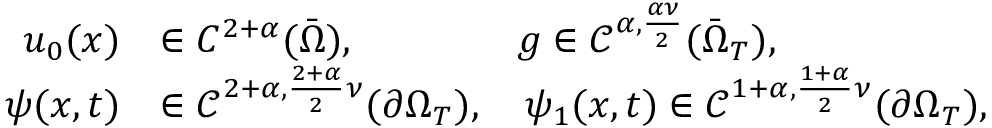
\begin{array} { r l } { u _ { 0 } ( x ) } & { \in C ^ { 2 + \alpha } ( \bar { \Omega } ) , \qquad \qquad g \in \mathcal { C } ^ { \alpha , \frac { \alpha \nu } { 2 } } ( \bar { \Omega } _ { T } ) , } \\ { \psi ( x , t ) } & { \in \mathcal { C } ^ { 2 + \alpha , \frac { 2 + \alpha } { 2 } \nu } ( \partial \Omega _ { T } ) , \quad \psi _ { 1 } ( x , t ) \in \mathcal { C } ^ { 1 + \alpha , \frac { 1 + \alpha } { 2 } \nu } ( \partial \Omega _ { T } ) , } \end{array}